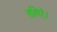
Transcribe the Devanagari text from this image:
रहिऐ।